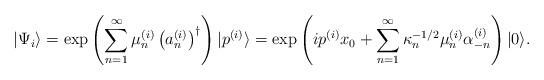
LaTeX: \begin{align*}|\Psi_{i}\rangle=\exp\left( \sum_{n=1}^{\infty}\mu_{n}^{(i)}\left(a_{n}^{(i)}\right) ^{\dagger}\right) |p^{(i)}\rangle=\exp\left(ip^{(i)}x_{0}+\sum_{n=1}^{\infty}\kappa_{n}^{-1/2}\mu_{n}^{(i)}\alpha_{-n}^{(i)}\right) |0\rangle.\end{align*}